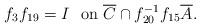
LaTeX: \begin{align*}f_3f_{19} &= I \ \mbox{ on\ $\overline{C} \cap f_{20}^{-1}f_{15}\overline{A}$}. \end{align*}